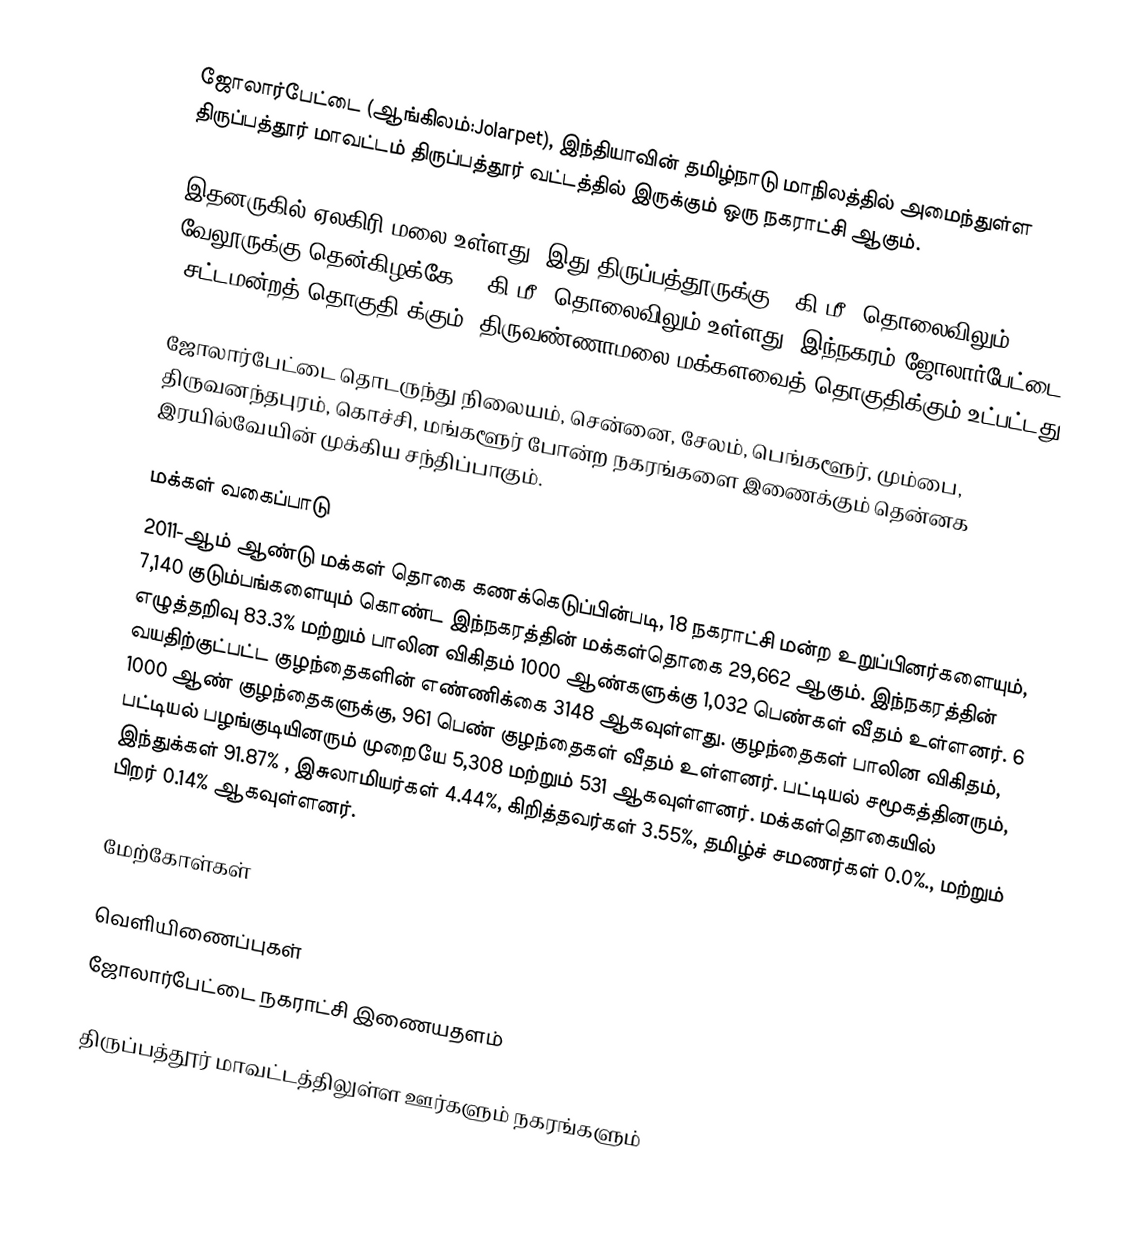
ஜோலார்பேட்டை (ஆங்கிலம்:Jolarpet), இந்தியாவின் தமிழ்நாடு மாநிலத்தில் அமைந்துள்ள திருப்பத்தூர் மாவட்டம் திருப்பத்தூர் வட்டத்தில் இருக்கும் ஒரு நகராட்சி ஆகும்.

இதனருகில் ஏலகிரி மலை உள்ளது. இது திருப்பத்தூருக்கு 9 கி.மீ. தொலைவிலும், வேலூருக்கு தென்கிழக்கே 85 கி.மீ. தொலைவிலும் உள்ளது. இந்நகரம் ஜோலார்பேட்டை (சட்டமன்றத் தொகுதி)க்கும், திருவண்ணாமலை மக்களவைத் தொகுதிக்கும் உட்பட்டது.

ஜோலார்பேட்டை தொடருந்து நிலையம், சென்னை, சேலம், பெங்களூர், மும்பை, திருவனந்தபுரம், கொச்சி, மங்களூர் போன்ற நகரங்களை இணைக்கும் தென்னக இரயில்வேயின் முக்கிய சந்திப்பாகும்.

மக்கள் வகைப்பாடு
2011-ஆம் ஆண்டு மக்கள் தொகை கணக்கெடுப்பின்படி, 18  நகராட்சி மன்ற உறுப்பினர்களையும்,  7,140 குடும்பங்களையும் கொண்ட இந்நகரத்தின் மக்கள்தொகை 29,662  ஆகும். இந்நகரத்தின் எழுத்தறிவு 83.3% மற்றும் பாலின விகிதம் 1000 ஆண்களுக்கு 1,032  பெண்கள் வீதம் உள்ளனர். 6 வயதிற்குட்பட்ட குழந்தைகளின் எண்ணிக்கை 3148  ஆகவுள்ளது. குழந்தைகள் பாலின விகிதம், 1000 ஆண் குழந்தைகளுக்கு, 961  பெண் குழந்தைகள் வீதம் உள்ளனர். பட்டியல் சமூகத்தினரும், பட்டியல் பழங்குடியினரும் முறையே 5,308 மற்றும் 531 ஆகவுள்ளனர். மக்கள்தொகையில் இந்துக்கள் 91.87% ,  இசுலாமியர்கள் 4.44%, கிறித்தவர்கள்  3.55%, தமிழ்ச் சமணர்கள் 0.0%., மற்றும்  பிறர் 0.14% ஆகவுள்ளனர்.

மேற்கோள்கள்

வெளியிணைப்புகள்
ஜோலார்பேட்டை நகராட்சி இணையதளம்

திருப்பத்தூர் மாவட்டத்திலுள்ள ஊர்களும் நகரங்களும்